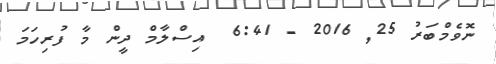
ނޮވެމްބަރު 25